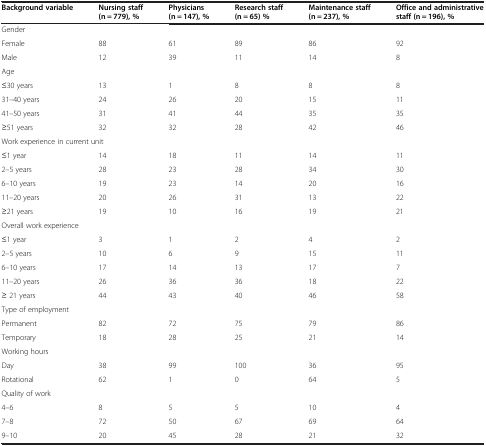
| Background variable | Nursing staff (n = 779), % | Physicians (n = 147), % | Research staff (n = 65) % | Maintenance staff (n = 237), % | Office and administrative staff (n = 196), % |
 | --- | --- | --- | --- | --- | --- |
 | <COLSPAN=6> Gender |
 | Female | 88 | 61 | 89 | 86 | 92 |
 | Male | 12 | 39 | 11 | 14 | 8 |
 | <COLSPAN=6> Age |
 | ≤30 years | 13 | 1 | 8 | 8 | 8 |
 | 31–40 years | 24 | 26 | 20 | 15 | 11 |
 | 41–50 years | 31 | 41 | 44 | 35 | 35 |
 | ≥51 years | 32 | 32 | 28 | 42 | 46 |
 | <COLSPAN=6> Work experience in current unit |
 | ≤1 year | 14 | 18 | 11 | 14 | 11 |
 | 2–5 years | 28 | 23 | 28 | 34 | 30 |
 | 6–10 years | 19 | 23 | 14 | 20 | 16 |
 | 11–20 years | 20 | 26 | 31 | 13 | 22 |
 | ≥21 years | 19 | 10 | 16 | 19 | 21 |
 | <COLSPAN=6> Overall work experience |
 | ≤1 year | 3 | 1 | 2 | 4 | 2 |
 | 2–5 years | 10 | 6 | 9 | 15 | 11 |
 | 6–10 years | 17 | 14 | 13 | 17 | 7 |
 | 11–20 years | 26 | 36 | 36 | 18 | 22 |
 | ≥ 21 years | 44 | 43 | 40 | 46 | 58 |
 | <COLSPAN=6> Type of employment |
 | Permanent | 82 | 72 | 75 | 79 | 86 |
 | Temporary | 18 | 28 | 25 | 21 | 14 |
 | <COLSPAN=6> Working hours |
 | Day | 38 | 99 | 100 | 36 | 95 |
 | Rotational | 62 | 1 | 0 | 64 | 5 |
 | <COLSPAN=6> Quality of work |
 | 4–6 | 8 | 5 | 5 | 10 | 4 |
 | 7–8 | 72 | 50 | 67 | 69 | 64 |
 | 9–10 | 20 | 45 | 28 | 21 | 32 |